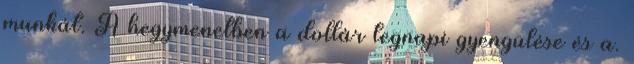
munkát. A hegymenetben a dollár tegnapi gyengülése és a.